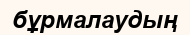
бұрмалаудың